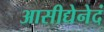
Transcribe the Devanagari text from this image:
आसीद्येनेदं